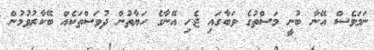
ނަމަވެސް އޭނާ ބުނީ މަސްތުގެ ވަބާގައި ޖެހި އޭނާގެ ހަޔާތުން ދުވަސްތަކެއް ބޭކާރުވުމުން